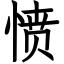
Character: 愤